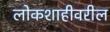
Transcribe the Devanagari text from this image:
लोकशाहीवरील